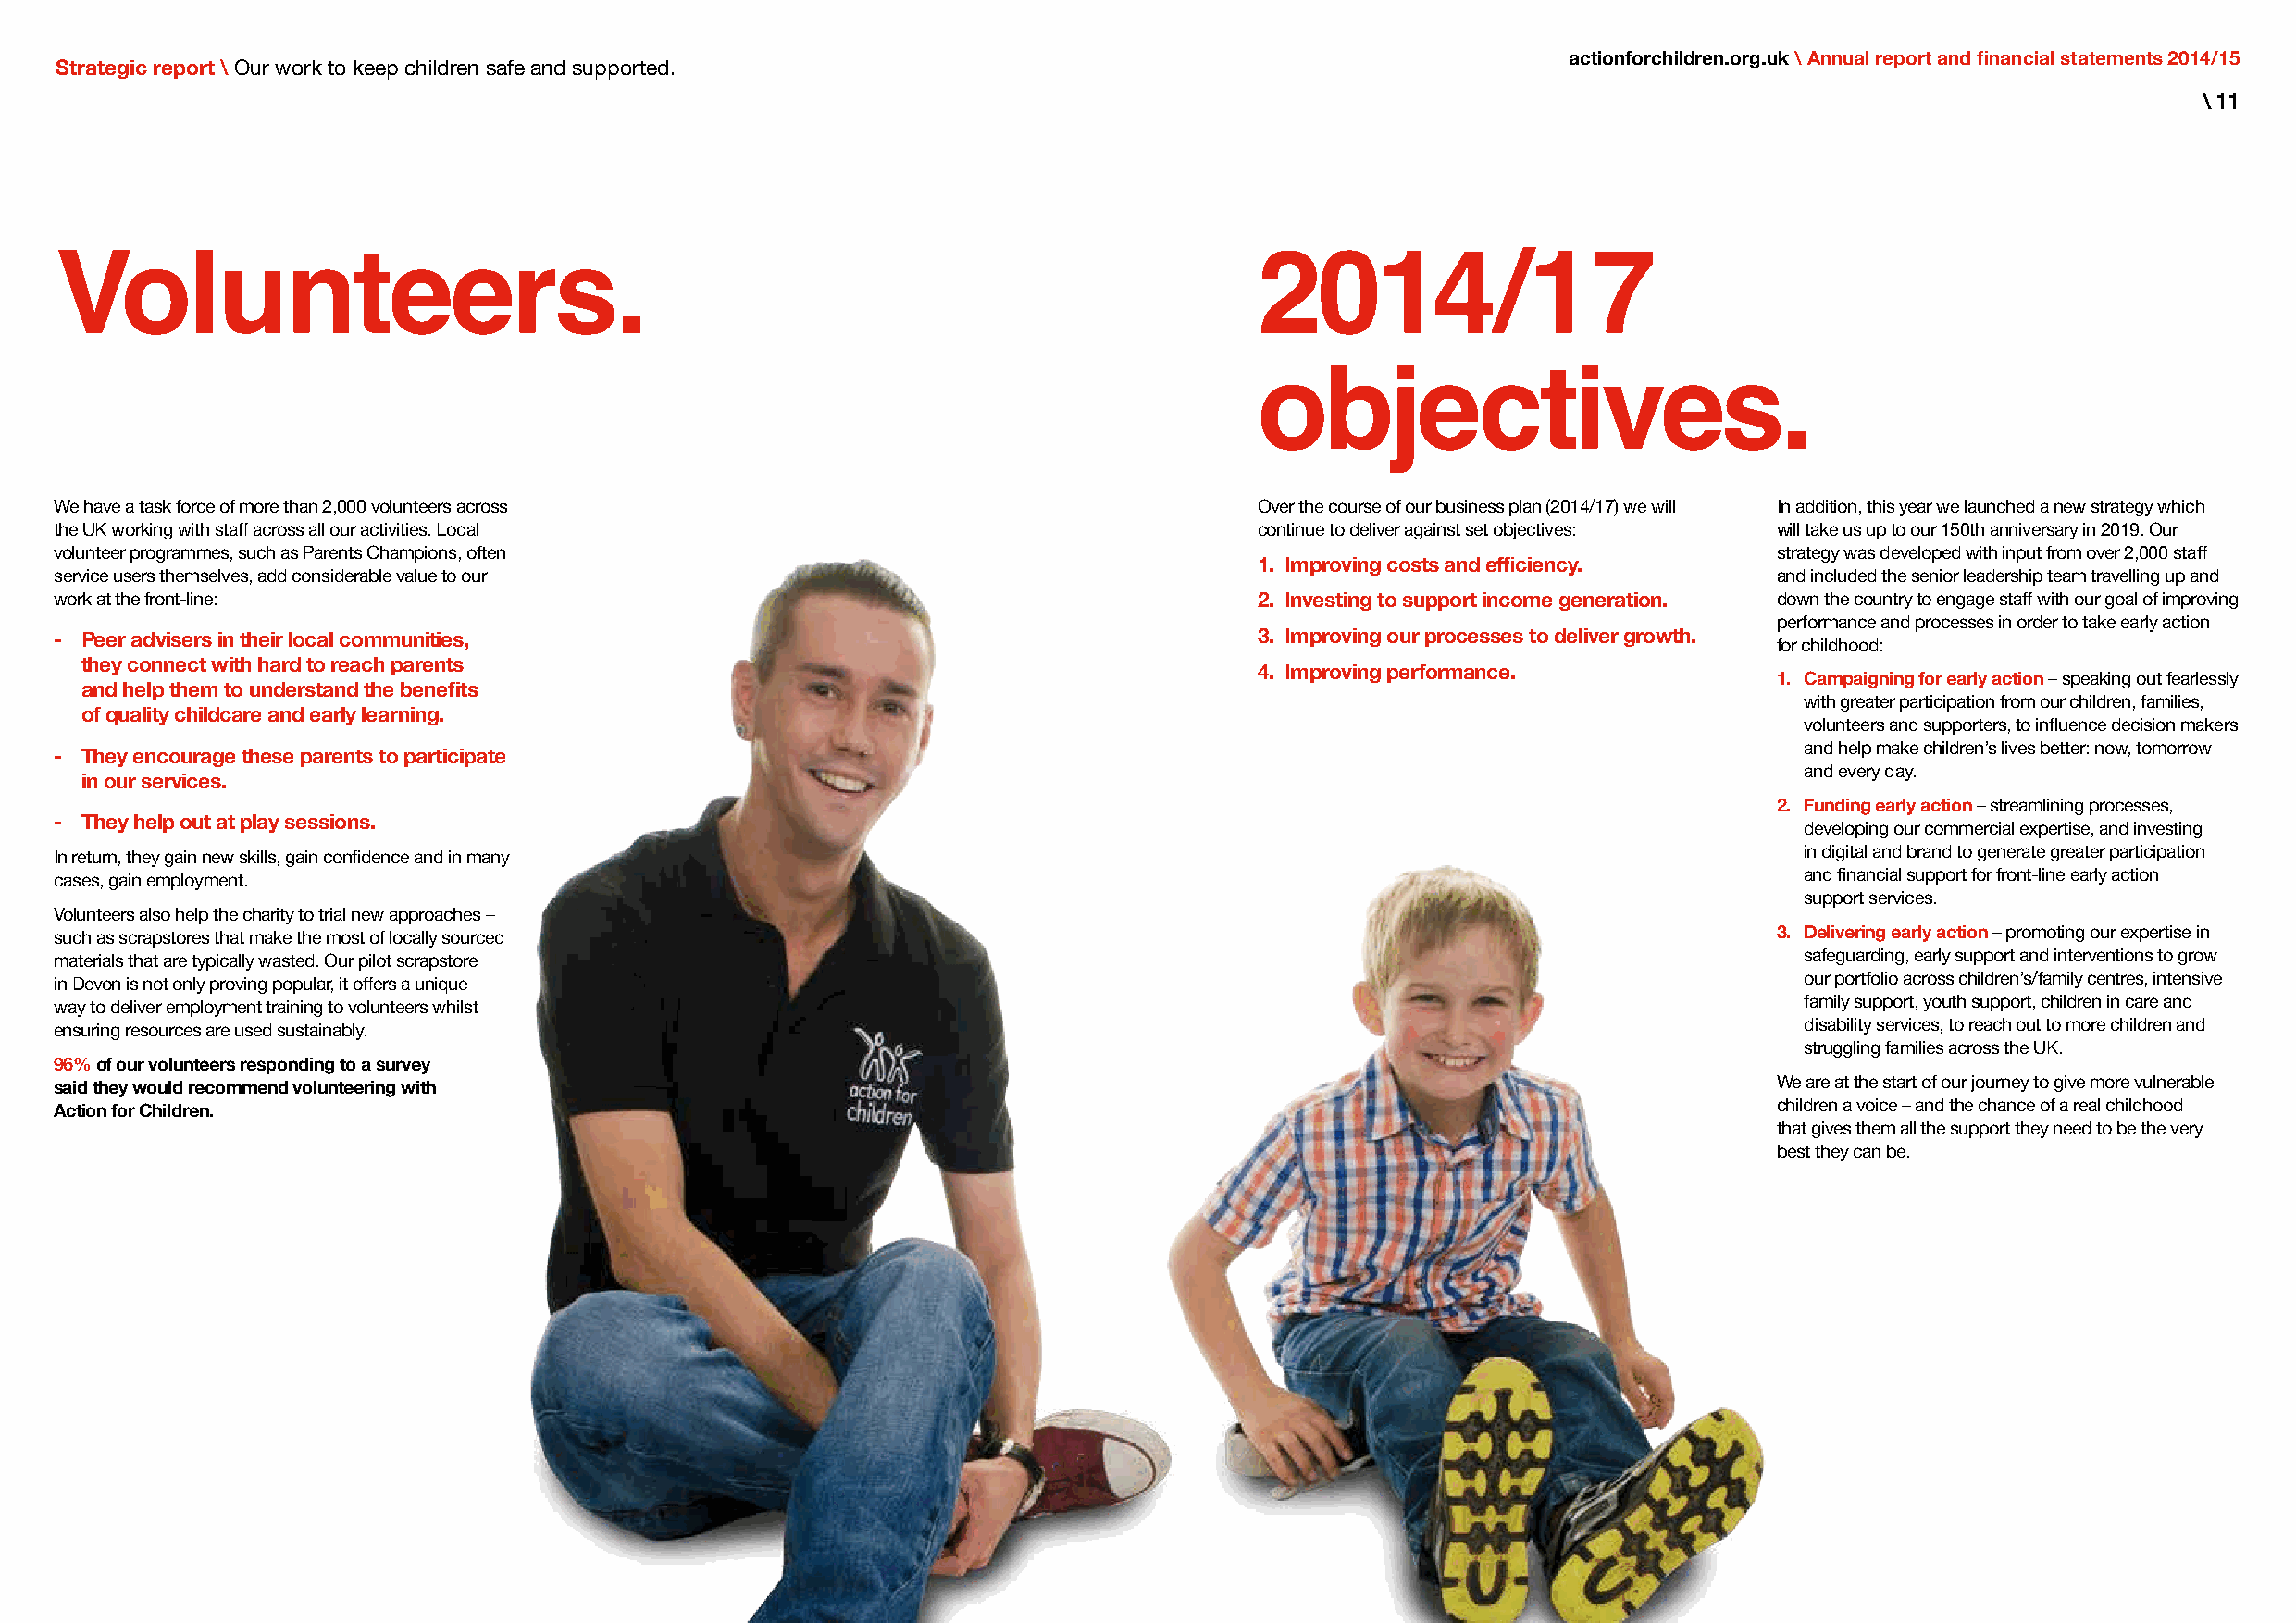
actionforchildren.org.uk \ Annual report and financial statements 2014/15
 Strategic report \ Our work to keep children safe and supported.
 \ 11
 Volunteers.                                                                           2014/17
 objectives.
 We have a task force of more than 2,000 volunteers across                             Over the course of our business plan (2014/17) we will In addition, this year we launched a new strategy which
 the UK working with staff across all our activities. Local                            continue to deliver against set objectives: will take us up to our 150th anniversary in 2019. Our
 volunteer programmes, such as Parents Champions, often                                                                     strategy was developed with input from over 2,000 staff
 1. Improving costs and efficiency.
 service users themselves, add considerable value to our                                                                    and included the senior leadership team travelling up and
 work at the front-line:                                                               2. Investing to support income generation. down the country to engage staff with our goal of improving
 performance and processes in order to take early action
 - Peer advisers in their local communities,                                           3. Improving our processes to deliver growth.
 for childhood:
 they connect with hard to reach parents
 4. Improving performance.
 1. Campaigning for early action – speaking out fearlessly
 and help them to understand the benefits
 with greater participation from our children, families,
 of quality childcare and early learning.
 volunteers and supporters, to influence decision makers
 and help make children’s lives better: now, tomorrow
 - They encourage these parents to participate
 and every day.
 in our services.
 2. Funding early action – streamlining processes,
 - They help out at play sessions.
 developing our commercial expertise, and investing
 In return, they gain new skills, gain confidence and in many                                                                 in digital and brand to generate greater participation
 cases, gain employment.                                                                                                      and financial support for front-line early action
 support services.
 Volunteers also help the charity to trial new approaches –
 such as scrapstores that make the most of locally sourced                                                                  3. Delivering early action – promoting our expertise in
 materials that are typically wasted. Our pilot scrapstore                                                                    safeguarding, early support and interventions to grow
 in Devon is not only proving popular, it offers a unique                                                                     our portfolio across children’s/family centres, intensive
 way to deliver employment training to volunteers whilst                                                                      family support, youth support, children in care and
 ensuring resources are used sustainably.                                                                                     disability services, to reach out to more children and
 struggling families across the UK.
 96% of our volunteers responding to a survey
 said they would recommend volunteering with                                                                                We are at the start of our journey to give more vulnerable
 Action for Children.                                                                                                       children a voice – and the chance of a real childhood
 that gives them all the support they need to be the very
 best they can be.